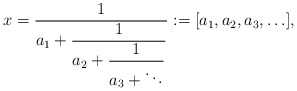
\begin{align*}x = \displaystyle \frac{1}{a_1+\displaystyle \frac{1}{a_2+\displaystyle \frac{1}{a_3+ \ddots}}} :=[a_1, a_2, a_3, \ldots], \end{align*}